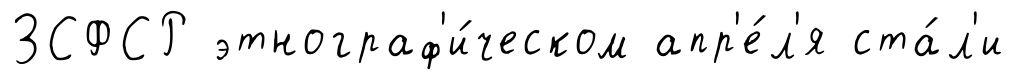
ЗСФСР этнограф'и́ческом апр'е́л'я ста́л'и